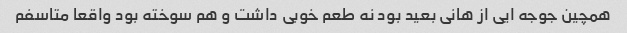
همچین جوجه ایی از هانی بعید بود نه طعم خوبی داشت و هم سوخته بود واقعا متاسفم